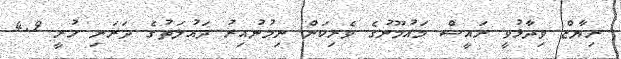
ރިޔާޒް ވިދާޅުވީ ރައީސް މައުމޫނުގެ ވެރިކަން ނިމުނުއިރު ދައުލަތުގެ ދަރަނި ހުރީ 4.9